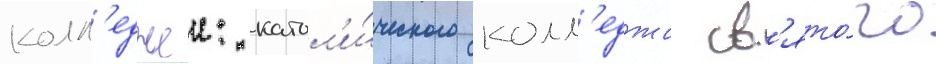
колл'еджеи: катол'и́ческого колл'еджа св'ято́го